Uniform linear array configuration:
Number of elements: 4
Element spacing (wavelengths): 0.5
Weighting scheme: binomial
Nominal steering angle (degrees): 15
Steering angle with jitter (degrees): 16.643
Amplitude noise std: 0.05
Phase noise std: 0.05

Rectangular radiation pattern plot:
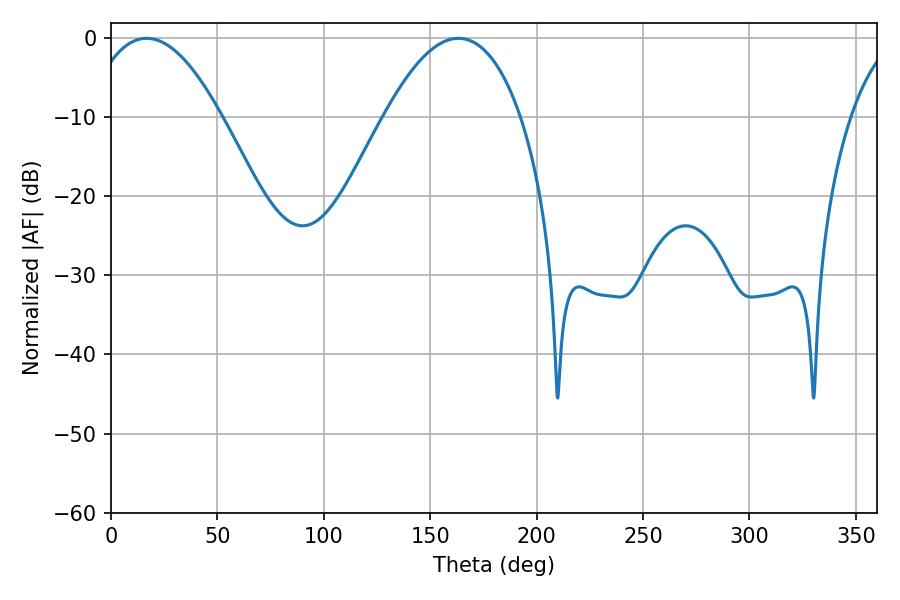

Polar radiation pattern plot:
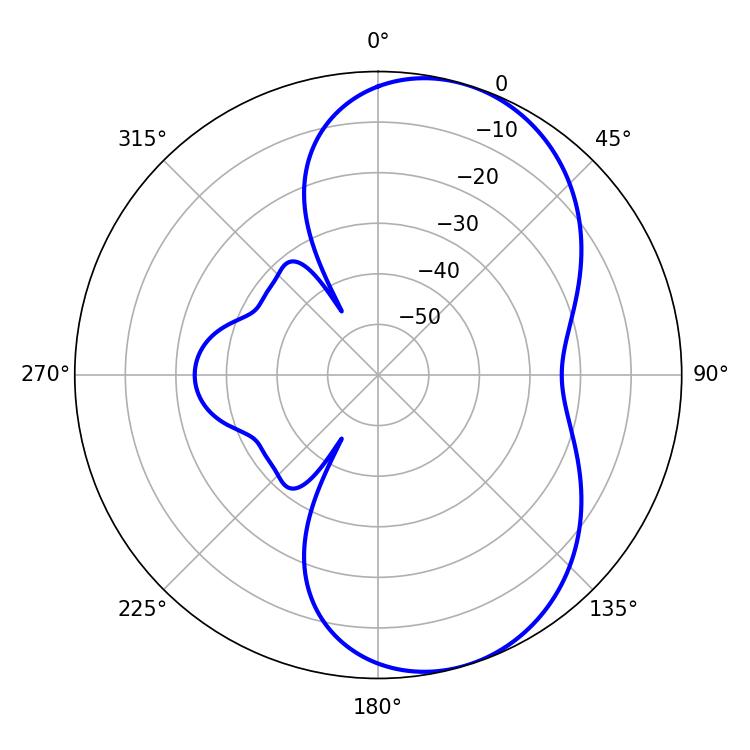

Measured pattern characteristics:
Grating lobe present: FALSE
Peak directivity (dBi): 6.829
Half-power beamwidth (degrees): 35.46
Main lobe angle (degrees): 16.74